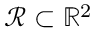
\mathscr { R } \subset { \mathbb R } ^ { 2 }